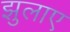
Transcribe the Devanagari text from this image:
झुलाए